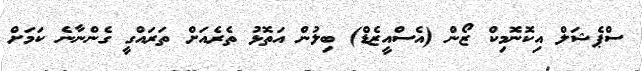
ސްޕެޝަލް އިކޮނޮމިކް ޒޯން (އެސްއީޒެޑް) ބިލުން އަތޮޅު ތެރެއަށް ތަރައްގީ ގެންނާނެ ކަމަށް